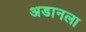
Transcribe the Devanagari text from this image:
अडानला